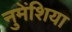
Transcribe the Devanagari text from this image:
नुमेंशिया